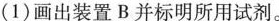
(1)画出装置B并标明所用试剂。(